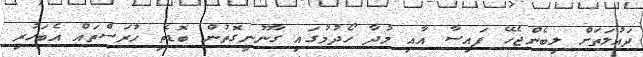
ދައުލަތަށް ލިބެންޖެހޭ ފައިސާ އާއި މުދާ ހޯދުމުގައި ގާނޫނީގޮތުން ބޮޑެތި ހުރަސްތައް އެބަހުރި